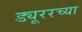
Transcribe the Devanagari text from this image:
ड्यूररच्या